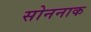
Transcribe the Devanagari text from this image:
सोननाक